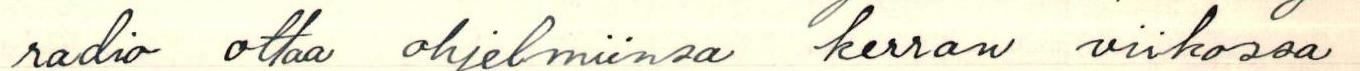
radio ottaa ohjelmiinsa kerran viikossa